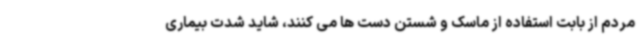
مردم از بابت استفاده از ماسک و شستن دست ها می کنند، شاید شدت بیماری